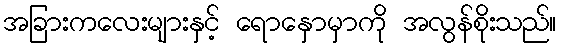
အခြားကလေးများနှင့် ရောနှောမှာကို အလွန်စိုးသည်။